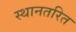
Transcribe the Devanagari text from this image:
स्थानतरित